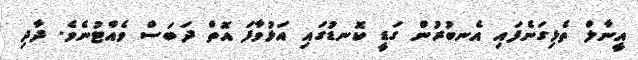
އީނާލް ތެޅިގަނެފައި އެނބުރުން ގަޑީ ކޮނޑުގައި އަޅުވާފަ އޮތް ދަބަސް ވެއްޓުނެވެ. ދާދި